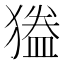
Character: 𭸦